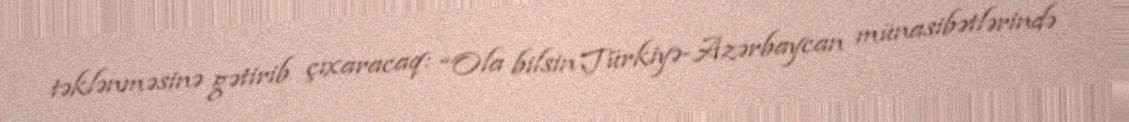
təklənməsinə gətirib çıxaracaq: “Ola bilsin Türkiyə-Azərbaycan münasibətlərində